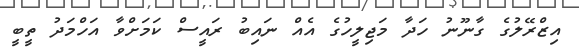
އިޒްރޭލުގެ ގާނޫނު ހަދާ މަޖިލީހުގެ އެއް ނައިބު ރައީސް ކަމަށްވާ އަހްމަދު ތީބީ